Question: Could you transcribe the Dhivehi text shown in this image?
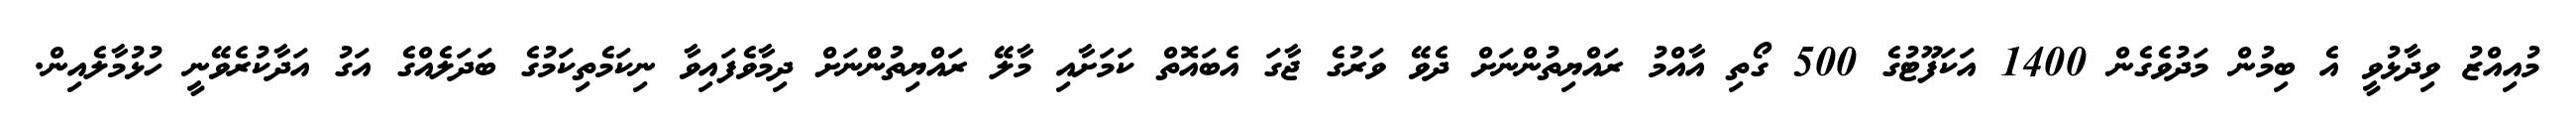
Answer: މުއިއްޒު ވިދާޅުވީ އެ ބިމުން މަދުވެގެން 1400 އަކަފޫޓުގެ 500 ގޯތި އާއްމު ރައްޔިތުންނަށް ދެވޭ ވަރުގެ ޖާގަ އެބައޮތް ކަމަށާއި މާލޭ ރައްޔިތުންނަށް ދިމާވެފައިވާ ނިކަމެތިކަމުގެ ބަދަލެއްގެ އަގު އަދާކުރެވޭނީ ހުޅުމާލެއިން.